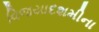
વિજયાદશમીના